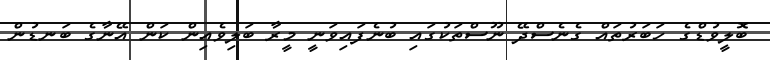
ބޮލީވުޑްގެ ހަބަރުތައް ގެނެސްދޭ ނޫސްތަކުގައި ބުނެފައިވަނީ މީރާ ބަލިވެއިން ކަން އޭނާގެ ބަނޑުން